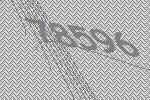
78596